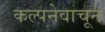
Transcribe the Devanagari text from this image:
कल्पनेवाचून